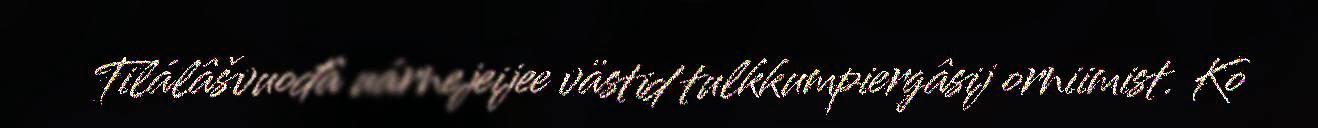
Tilálâšvuođâ uárnejeijee västid tulkkumpiergâsij orniimist. Ko